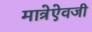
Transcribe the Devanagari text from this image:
मात्रेऐवजी